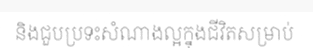
និងជួបប្រទះសំណាងល្អក្នុងជីវិតសម្រាប់